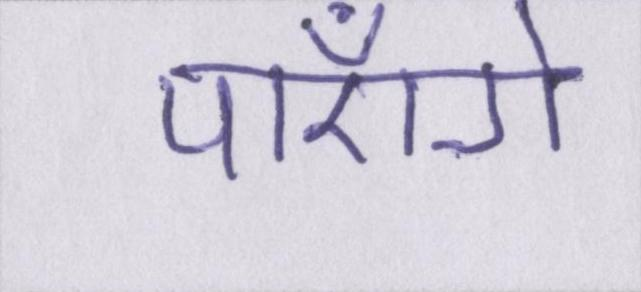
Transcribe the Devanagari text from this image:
पाएँगे